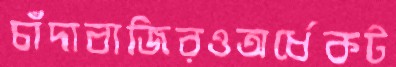
চাঁদাবাজিরওঅর্ধেকট